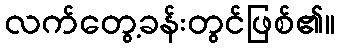
လက်တွေ့ခန်းတွင်ဖြစ်၏။